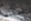
ليست